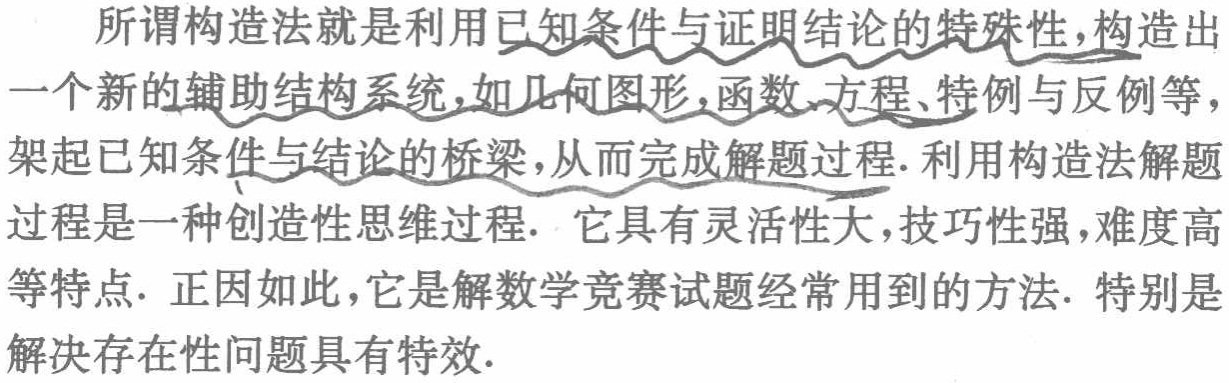
所谓构造法就是利用已知条件与证明结论的特殊性，构造出一个新的辅助结构系统，如几何图形，函数、方程、特例与反例等，架起已知条件与结论的桥梁，从而完成解题过程. 利用构造法解题过程是一种创造性思维过程. 它具有灵活性大，技巧性强，难度高等特点. 正因如此，它是解数学竞赛试题经常用到的方法. 特别是解决存在性问题具有特效.